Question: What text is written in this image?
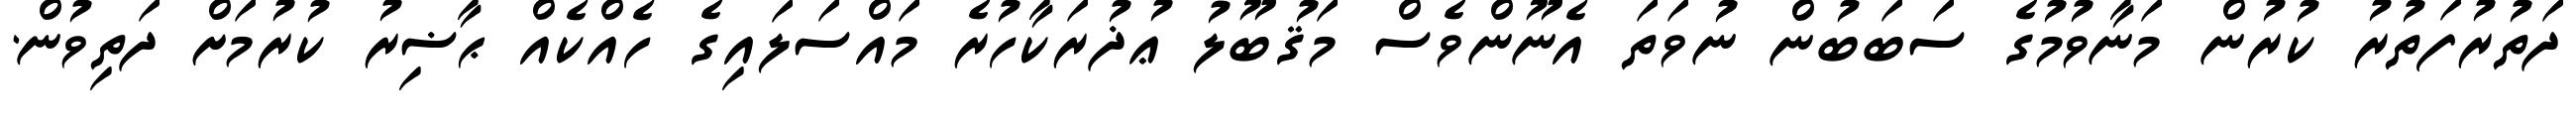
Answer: ދަތުރުފަތުރު ކުރުން މަނާވުމުގެ ސަބަބުން ނުވަތަ އެނޫންވެސް މަޤުބޫލު ޢުޛުރަކާހުރެ މައްސަލައިގެ ހެއްކެއް ޙާޟިރު ކުރުމަށް ދަތިވުން.